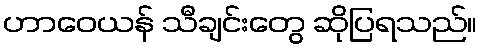
ဟာဝေယန် သီချင်းတွေ ဆိုပြရသည်။